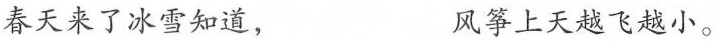
春天来了冰雪知道， 风筝上天越飞越小。